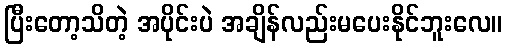
ပြီးတော့သိတဲ့ အပိုင်းပဲ အချိန်လည်းမပေးနိုင်ဘူးလေ။